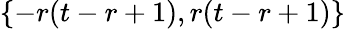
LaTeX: \{ -r(t-r+1),r(t-r+1)\}